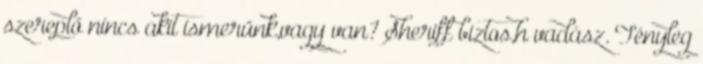
szereplő nincs akit ismerünk,vagy van? Sheriff biztos,h vadász. Tényleg